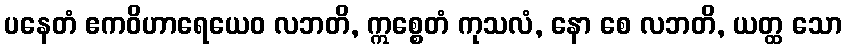
ပနေတံ ဧကဝိဟာရေယေဝ လဘတိ, ဣစ္စေတံ ကုသလံ, နော စေ လဘတိ, ယတ္ထ သော